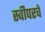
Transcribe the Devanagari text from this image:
स्वीपरचे